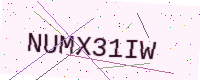
Text: NUMX31IW